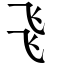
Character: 𠃧